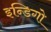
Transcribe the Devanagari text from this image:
इन्डिगो